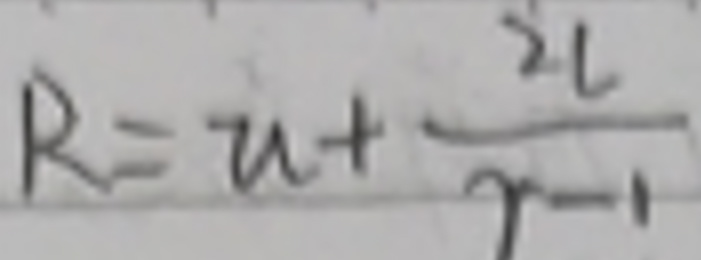
\[ R = u+\frac{2l}{r - 1} \]